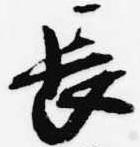
長